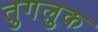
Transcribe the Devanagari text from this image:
तुगलुक